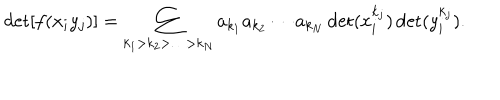
\det [ f ( x _ { i } y _ { j } ) ] = \sum _ { k _ { 1 } > k _ { 2 } > \ldots > k _ { N } } a _ { k _ { 1 } } a _ { k _ { 2 } } \cdots a _ { k _ { N } } \det ( x _ { i } ^ { k _ { j } } ) \det ( y _ { i } ^ { k _ { j } } ) .